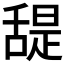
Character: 𦧧